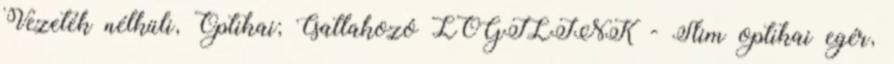
Vezeték nélküli, Optikai; Csatlakozó LOGILINK - Slim optikai egér,